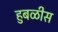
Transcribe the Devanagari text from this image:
हुबळीस